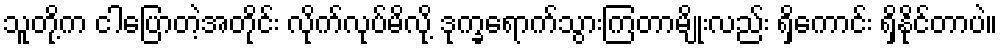
သူတို့က ငါပြောတဲ့အတိုင်း လိုက်လုပ်မိလို့ ဒုက္ခရောက်သွားကြတာမျိုးလည်း ရှိကောင်း ရှိနိုင်တာပဲ။